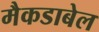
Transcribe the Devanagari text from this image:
मैकडाबेल